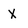
Character: X